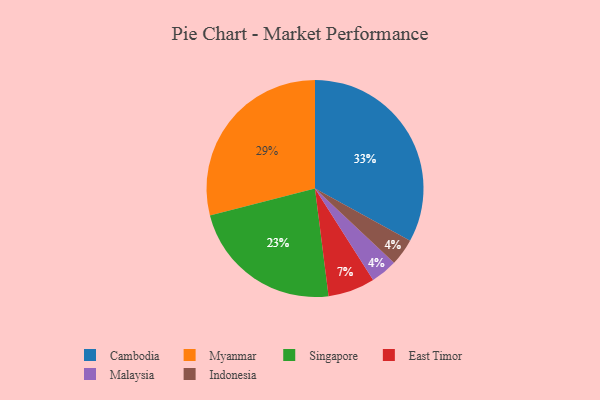
{"axis": {"x": "Category", "y": "Percentage"}, "legend": ["Cambodia", "East Timor", "Indonesia", "Malaysia", "Myanmar", "Singapore"], "data": [{"x": "Singapore", "y": 23, "type": "Singapore"}, {"x": "Cambodia", "y": 33, "type": "Cambodia"}, {"x": "Malaysia", "y": 4, "type": "Malaysia"}, {"x": "Indonesia", "y": 4, "type": "Indonesia"}, {"x": "East Timor", "y": 7, "type": "East Timor"}, {"x": "Myanmar", "y": 29, "type": "Myanmar"}]}